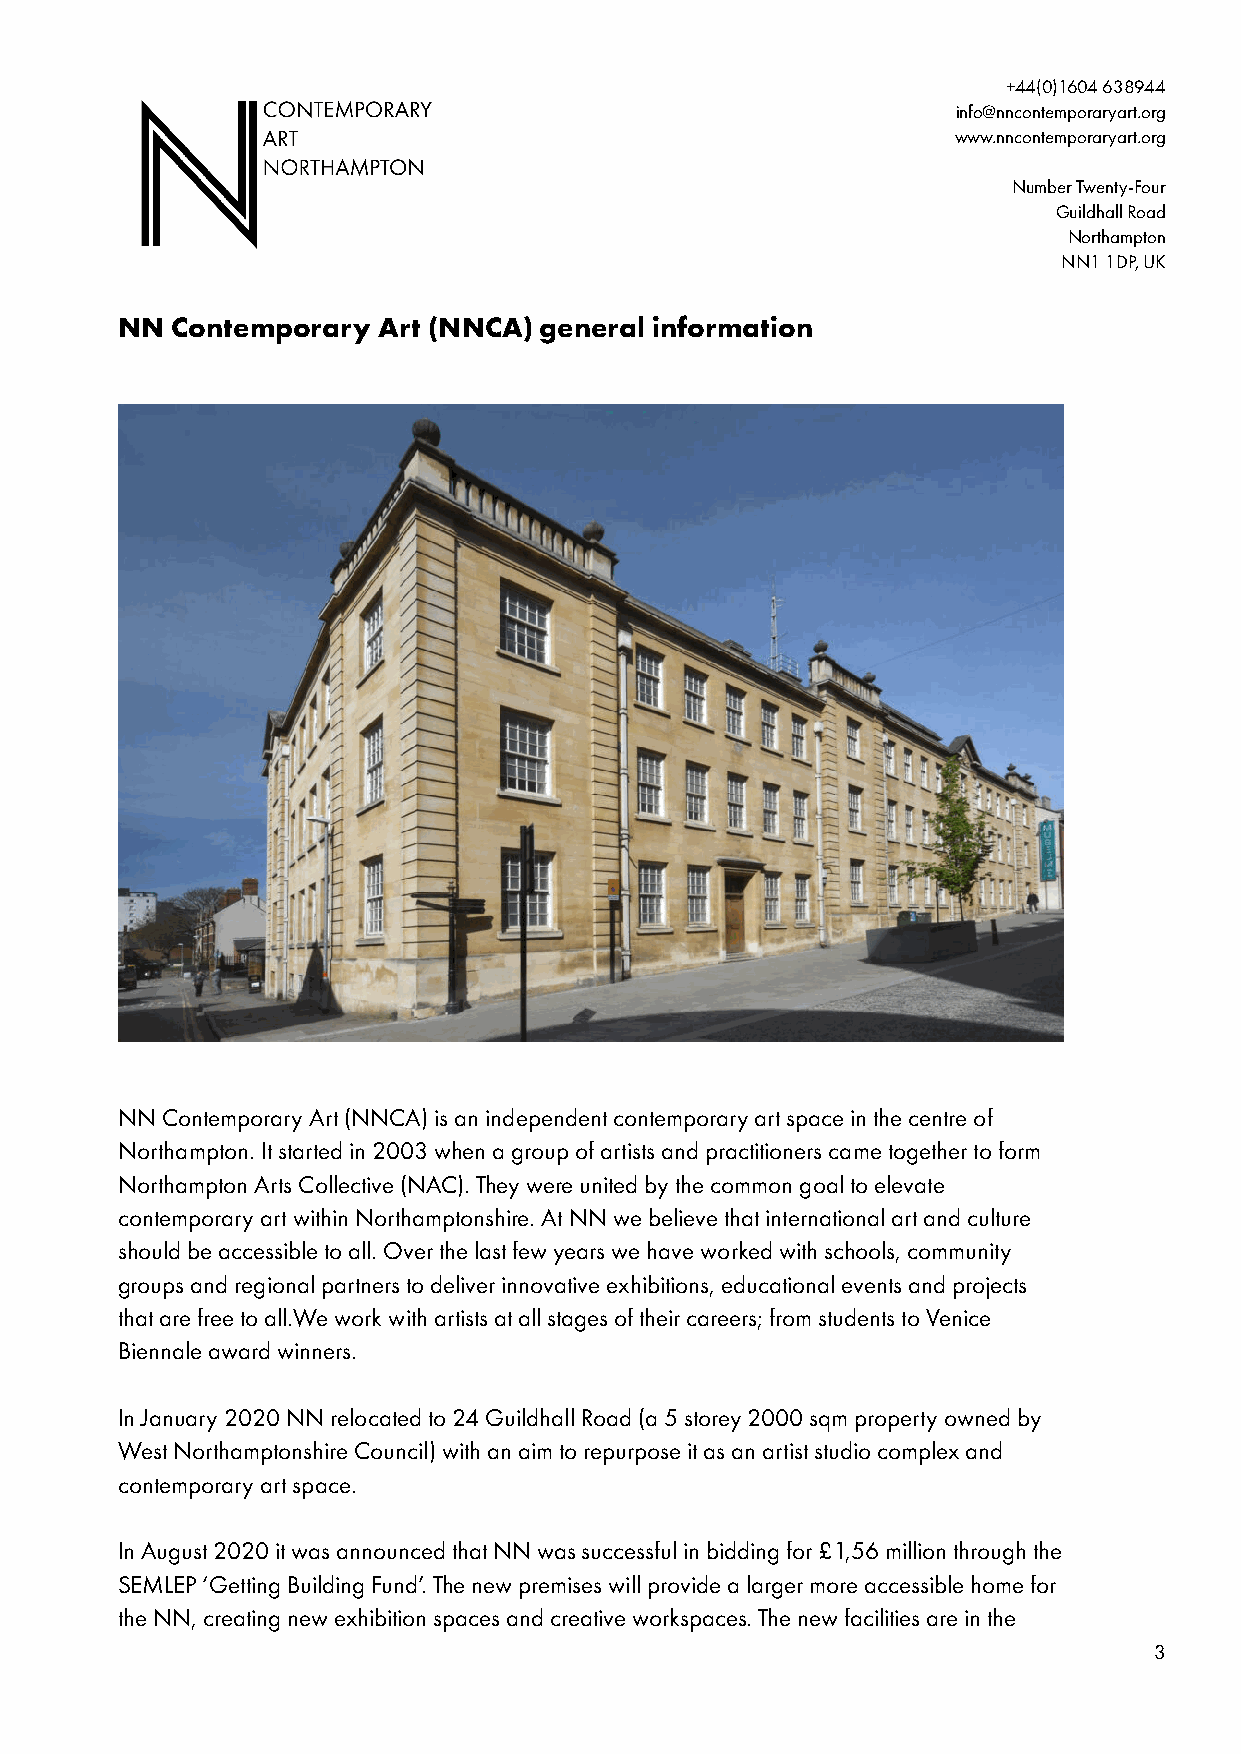
+44(0)1604 638944
 info@nncontemporaryart.org
 www.nncontemporaryart.org
 Number Twenty-Four
 Guildhall Road
 Northampton
 NN1 1DP, UK
 NN Contemporary  Art (NNCA) general information
 NN Contemporary Art (NNCA) is an independent contemporary art space in the centre of
 Northampton. It started in 2003 when a group of artists and practitioners came together to form
 Northampton Arts Collective (NAC). They were united by the common goal to elevate
 contemporary art within Northamptonshire. At NN we believe that international art and culture
 should be accessible to all. Over the last few years we have worked with schools, community
 groups and regional partners to deliver innovative exhibitions, educational events and projects
 that are free to all.We work with artists at all stages of their careers; from students to Venice
 Biennale award winners.
 In January 2020 NN relocated to 24 Guildhall Road (a 5 storey 2000 sqm property owned by
 West Northamptonshire Council) with an aim to repurpose it as an artist studio complex and
 contemporary art space.
 In August 2020 it was announced that NN was successful in bidding for £1,56 million through the
 SEMLEP ‘Getting Building Fund’. The new premises will provide a larger more accessible home for
 the NN, creating new exhibition spaces and creative workspaces. The new facilities are in the
 3